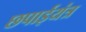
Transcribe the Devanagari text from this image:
छपाईयंत्र